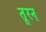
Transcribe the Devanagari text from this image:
तूरन